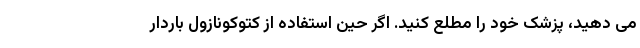
می دهید، پزشک خود را مطلع کنید. اگر حین استفاده از کتوکونازول باردار